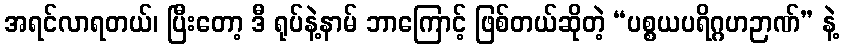
အရင်လာရတယ်၊ ပြီးတော့ ဒီ ရုပ်နဲ့နာမ် ဘာကြောင့် ဖြစ်တယ်ဆိုတဲ့ “ပစ္စယပရိဂ္ဂဟဉာဏ်” နဲ့